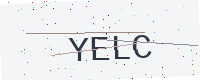
Text: YELC